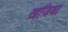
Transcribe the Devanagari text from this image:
खजिया